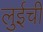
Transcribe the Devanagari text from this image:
लुईची